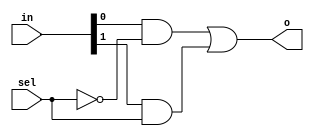
`timescale 1ns / 1ps
//////////////////////////////////////////////////////////////////////////////////
// Company: 
// Engineer: 
// 
// Design Name: 
// Module Name: m2_1
// Project Name: 
// Target Devices: 
// Tool Versions: 
// Description: 
// 
// Dependencies: 
// 
// Revision:
// Revision 0.01 - File Created
// Additional Comments:
// 
//////////////////////////////////////////////////////////////////////////////////


module m2_1(
    input [1:0] in,
    input sel,
    output o
    );
    
    //assign output to 2-to-1 mux
    assign o = (in[0]&~sel)|(in[1]&sel);
    
endmodule